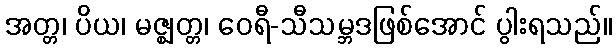
အတ္တ၊ ပိယ၊ မဇ္ဈတ္တ၊ ဝေရီ-သီသမ္ဘဒဖြစ်အောင် ပွါးရသည်။